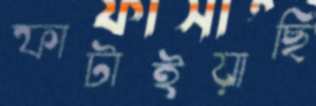
ফাটাইয়াছি